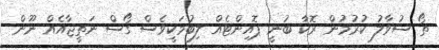
ތޯ ސުވާލު ކުރުމުން ރޮކާ ބުނީ ޕޮއިންޓެއް ލިބުމަކީވެސް ގޯސް ނަތީޖާއެއް ނޫން